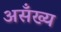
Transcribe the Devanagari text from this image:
असँख्य